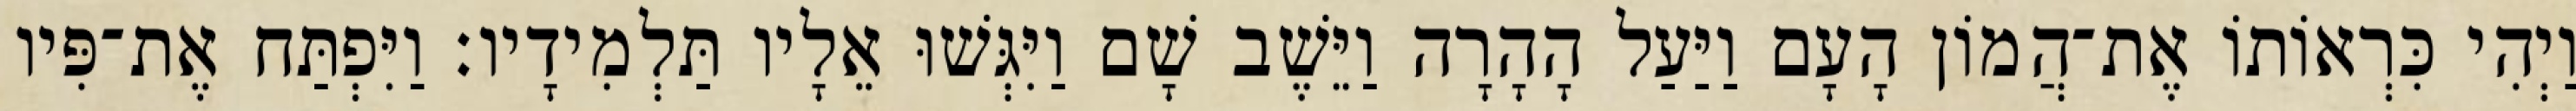
וַיְהִי כִּרְאוֹתוֹ אֶת־הֲמוֹן הָעָם וַיַּעַל הָהָרָה וַיֵּשֶׁב שָׁם וַיִּגְּשׁוּ אֵלָיו תַּלְמִידָיו׃ וַיִּפְתַּח אֶת־פִּיו